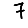
Digit: 7